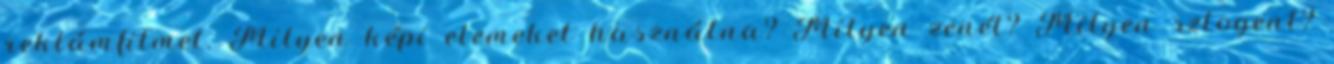
reklámfilmet. Milyen képi elemeket használna? Milyen zenét? Milyen szlogent?